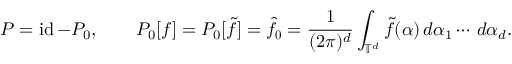
P = \operatorname { i d } - P _ { 0 } , \qquad P _ { 0 } [ f ] = P _ { 0 } [ \tilde { f } ] = \hat { f } _ { \boldsymbol { 0 } } = \frac { 1 } { ( 2 \pi ) ^ { d } } \int _ { \mathbb { T } ^ { d } } \tilde { f } ( \boldsymbol { \alpha } ) \, d \alpha _ { 1 } \cdots \, d \alpha _ { d } .